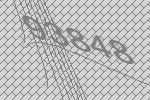
93848